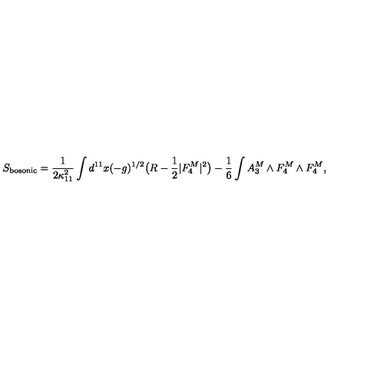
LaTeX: S _ { \mathrm { b o s o n i c } } = \frac { 1 } { 2 \kappa _ { 1 1 } ^ { 2 } } \int d ^ { 1 1 } x ( - g ) ^ { 1 / 2 } \bigl ( R - \frac { 1 } { 2 } | F _ { 4 } ^ { M } | ^ { 2 } \bigr ) - \frac { 1 } { 6 } \int A _ { 3 } ^ { M } \wedge F _ { 4 } ^ { M } \wedge F _ { 4 } ^ { M } ,